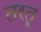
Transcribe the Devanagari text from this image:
तरतू